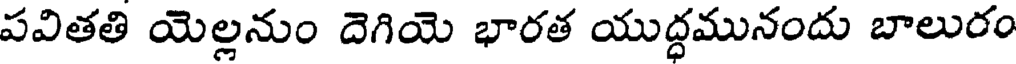
పవితతి యెల్లనుం దెగియె భారత యుద్ధమునందు బాలురం